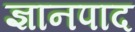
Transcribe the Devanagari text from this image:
ज्ञानपाद